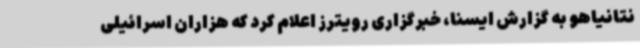
نتانیاهو به گزارش ایسنا، خبرگزاری رویترز اعلام کرد که هزاران اسرائیلی